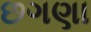
છગણા